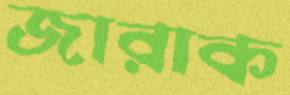
জারাক